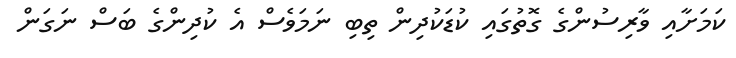
ކަމަށާއި ވާރިސުންގެ ގޮތުގައި ކުޑަކުދިން ތިބި ނަމަވެސް އެ ކުދިންގެ ބަސް ނަގަން